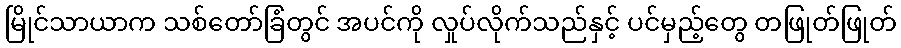
မြိုင်သာယာက သစ်တော်ခြံတွင် အပင်ကို လှုပ်လိုက်သည်နှင့် ပင်မှည့်တွေ တဖြုတ်ဖြုတ်